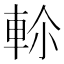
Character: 𨋏